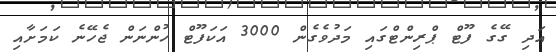
އަދި ގޭގެ ފޫޓް ޕްރިންޓްގައި މަދުވެގެން 3000 އަކަފޫޓް ހުންނަން ޖެހޭނެ ކަމަށާއި